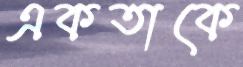
একতাকে